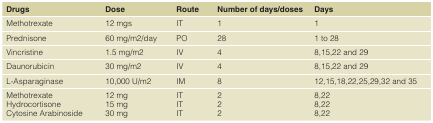
<table><thead><tr><td><b>Drugs</b></td><td><b>Dose</b></td><td><b>Route</b></td><td><b>Number of days/doses</b></td><td><b>Days</b></td></tr></thead><tbody><tr><td><b>Methotrexate</b></td><td>12 mgs</td><td>IT</td><td>1</td><td>1</td></tr><tr><td><b>Prednisone</b></td><td>60 mg/m2/day</td><td>PO</td><td>28</td><td>1 to 28</td></tr><tr><td><b>Vincristine</b></td><td>1.5 mg/m2</td><td>IV</td><td>4</td><td>8,15,22 and 29</td></tr><tr><td><b>Daunorubicin</b></td><td>30 mg/m2</td><td>IV</td><td>4</td><td>8,15,22 and 29</td></tr><tr><td><b>L-Asparaginase</b></td><td>10,000 U/m2</td><td>IM</td><td>8</td><td>12,15,18,22,25,29,32 and 35</td></tr><tr><td><b>Methotrexate</b><b>Hydrocortisone</b><b>Cytosine Arabinoside</b></td><td>12 mg15 mg30 mg</td><td>ITITIT</td><td>222</td><td>8,228,228,22</td></tr></tbody></table>